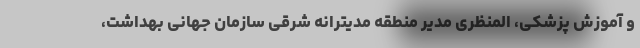
و آموزش پزشکی، المنظری مدیر منطقه مدیترانه شرقی سازمان جهانی بهداشت،